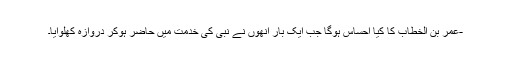
-عمر بن الخطابؓ کا کیا احساس ہوگا جب ایک بار انھوں نے نبی کی خدمت میں حاضر ہوکر دروازہ کھلوایا۔